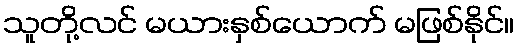
သူတို့လင် မယားနှစ်ယောက် မဖြစ်နိုင်။